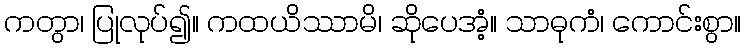
ကတွာ၊ ပြုလုပ်၍။ ကထယိဿာမိ၊ ဆိုပေအံ့။ သာဓုကံ၊ ကောင်းစွာ။